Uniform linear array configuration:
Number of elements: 64
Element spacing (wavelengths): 0.75
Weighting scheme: uniform
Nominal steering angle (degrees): -45
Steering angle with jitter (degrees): -44.996
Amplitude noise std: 0.05
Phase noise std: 0.05

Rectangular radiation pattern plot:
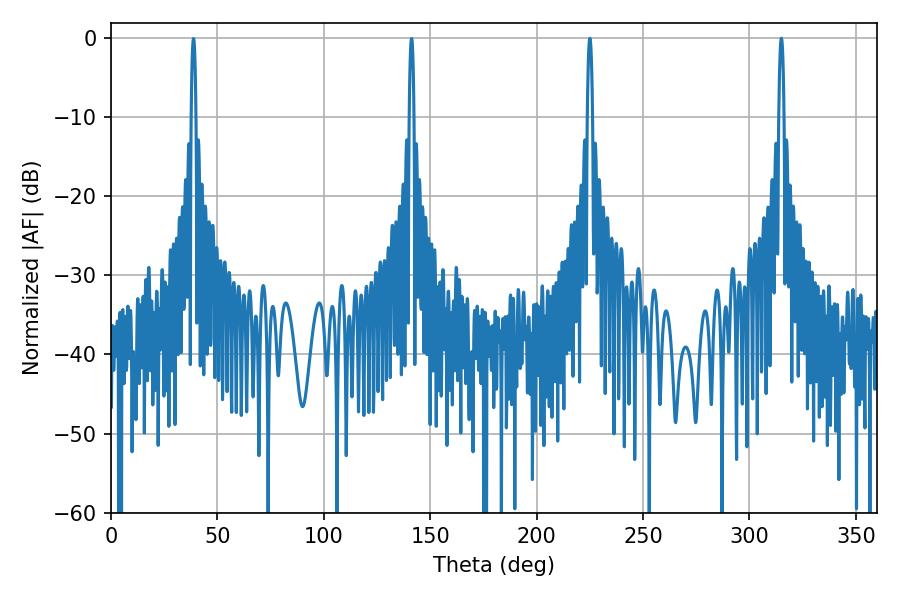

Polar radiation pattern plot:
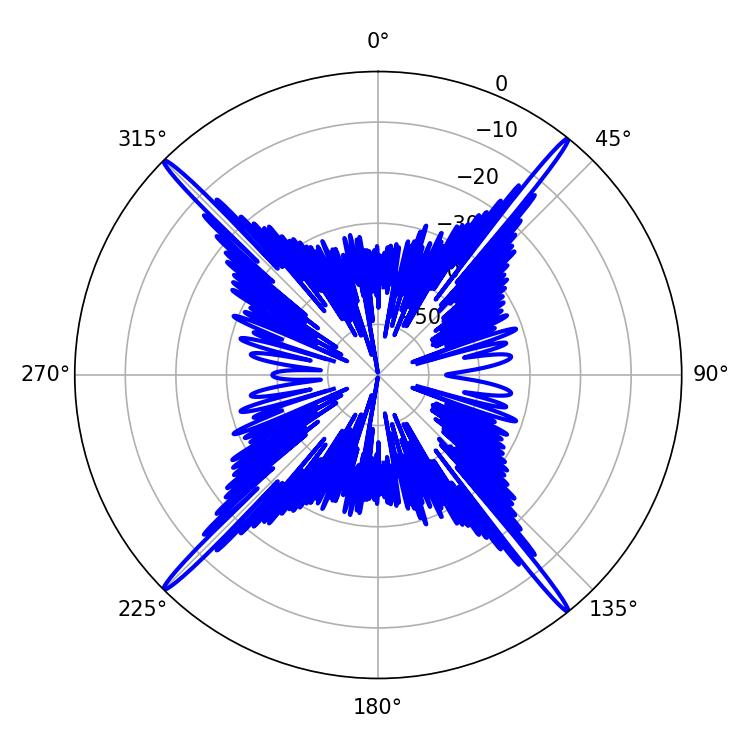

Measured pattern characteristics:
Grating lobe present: TRUE
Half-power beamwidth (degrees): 1.44
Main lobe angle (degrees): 225